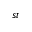
^ { s t }